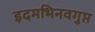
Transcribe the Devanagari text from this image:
इदमभिनवगुप्त